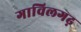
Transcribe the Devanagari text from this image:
गाविलगढ़